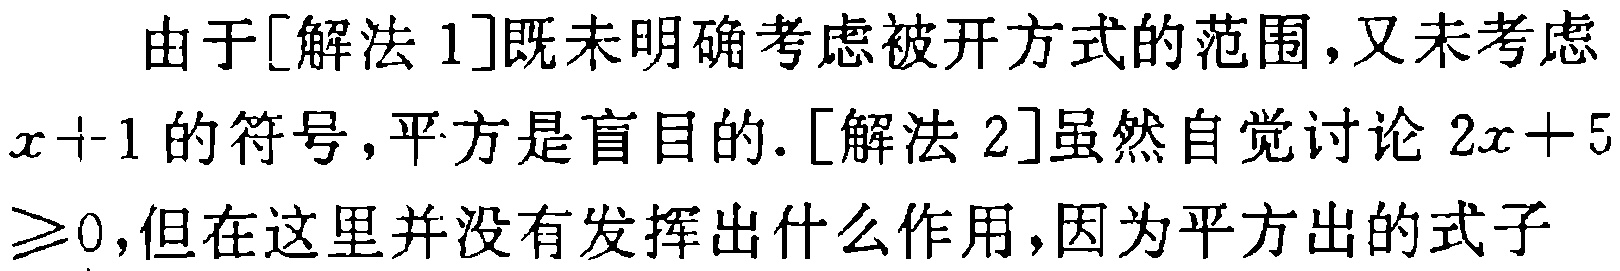
由于[解法 1]既未明确考虑被开方式的范围,又未考虑
$x + 1$的符号, 平方是盲目的. [解法 2]虽然自觉讨论 $2x + 5$
$\geq 0$,但在这里并没有发挥出什么作用,因为平方出的式子